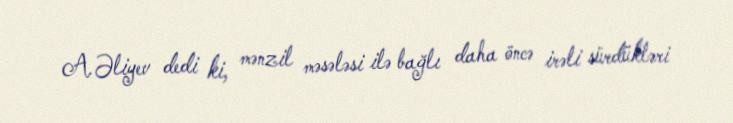
A.Əliyev dedi ki, mənzil məsələsi ilə bağlı daha öncə irəli sürdükləri